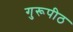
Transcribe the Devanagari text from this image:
गुरूपीठ